65_HS1-834228961_62-HQ-83894_Serial_130
Agency: FBI
Page 108
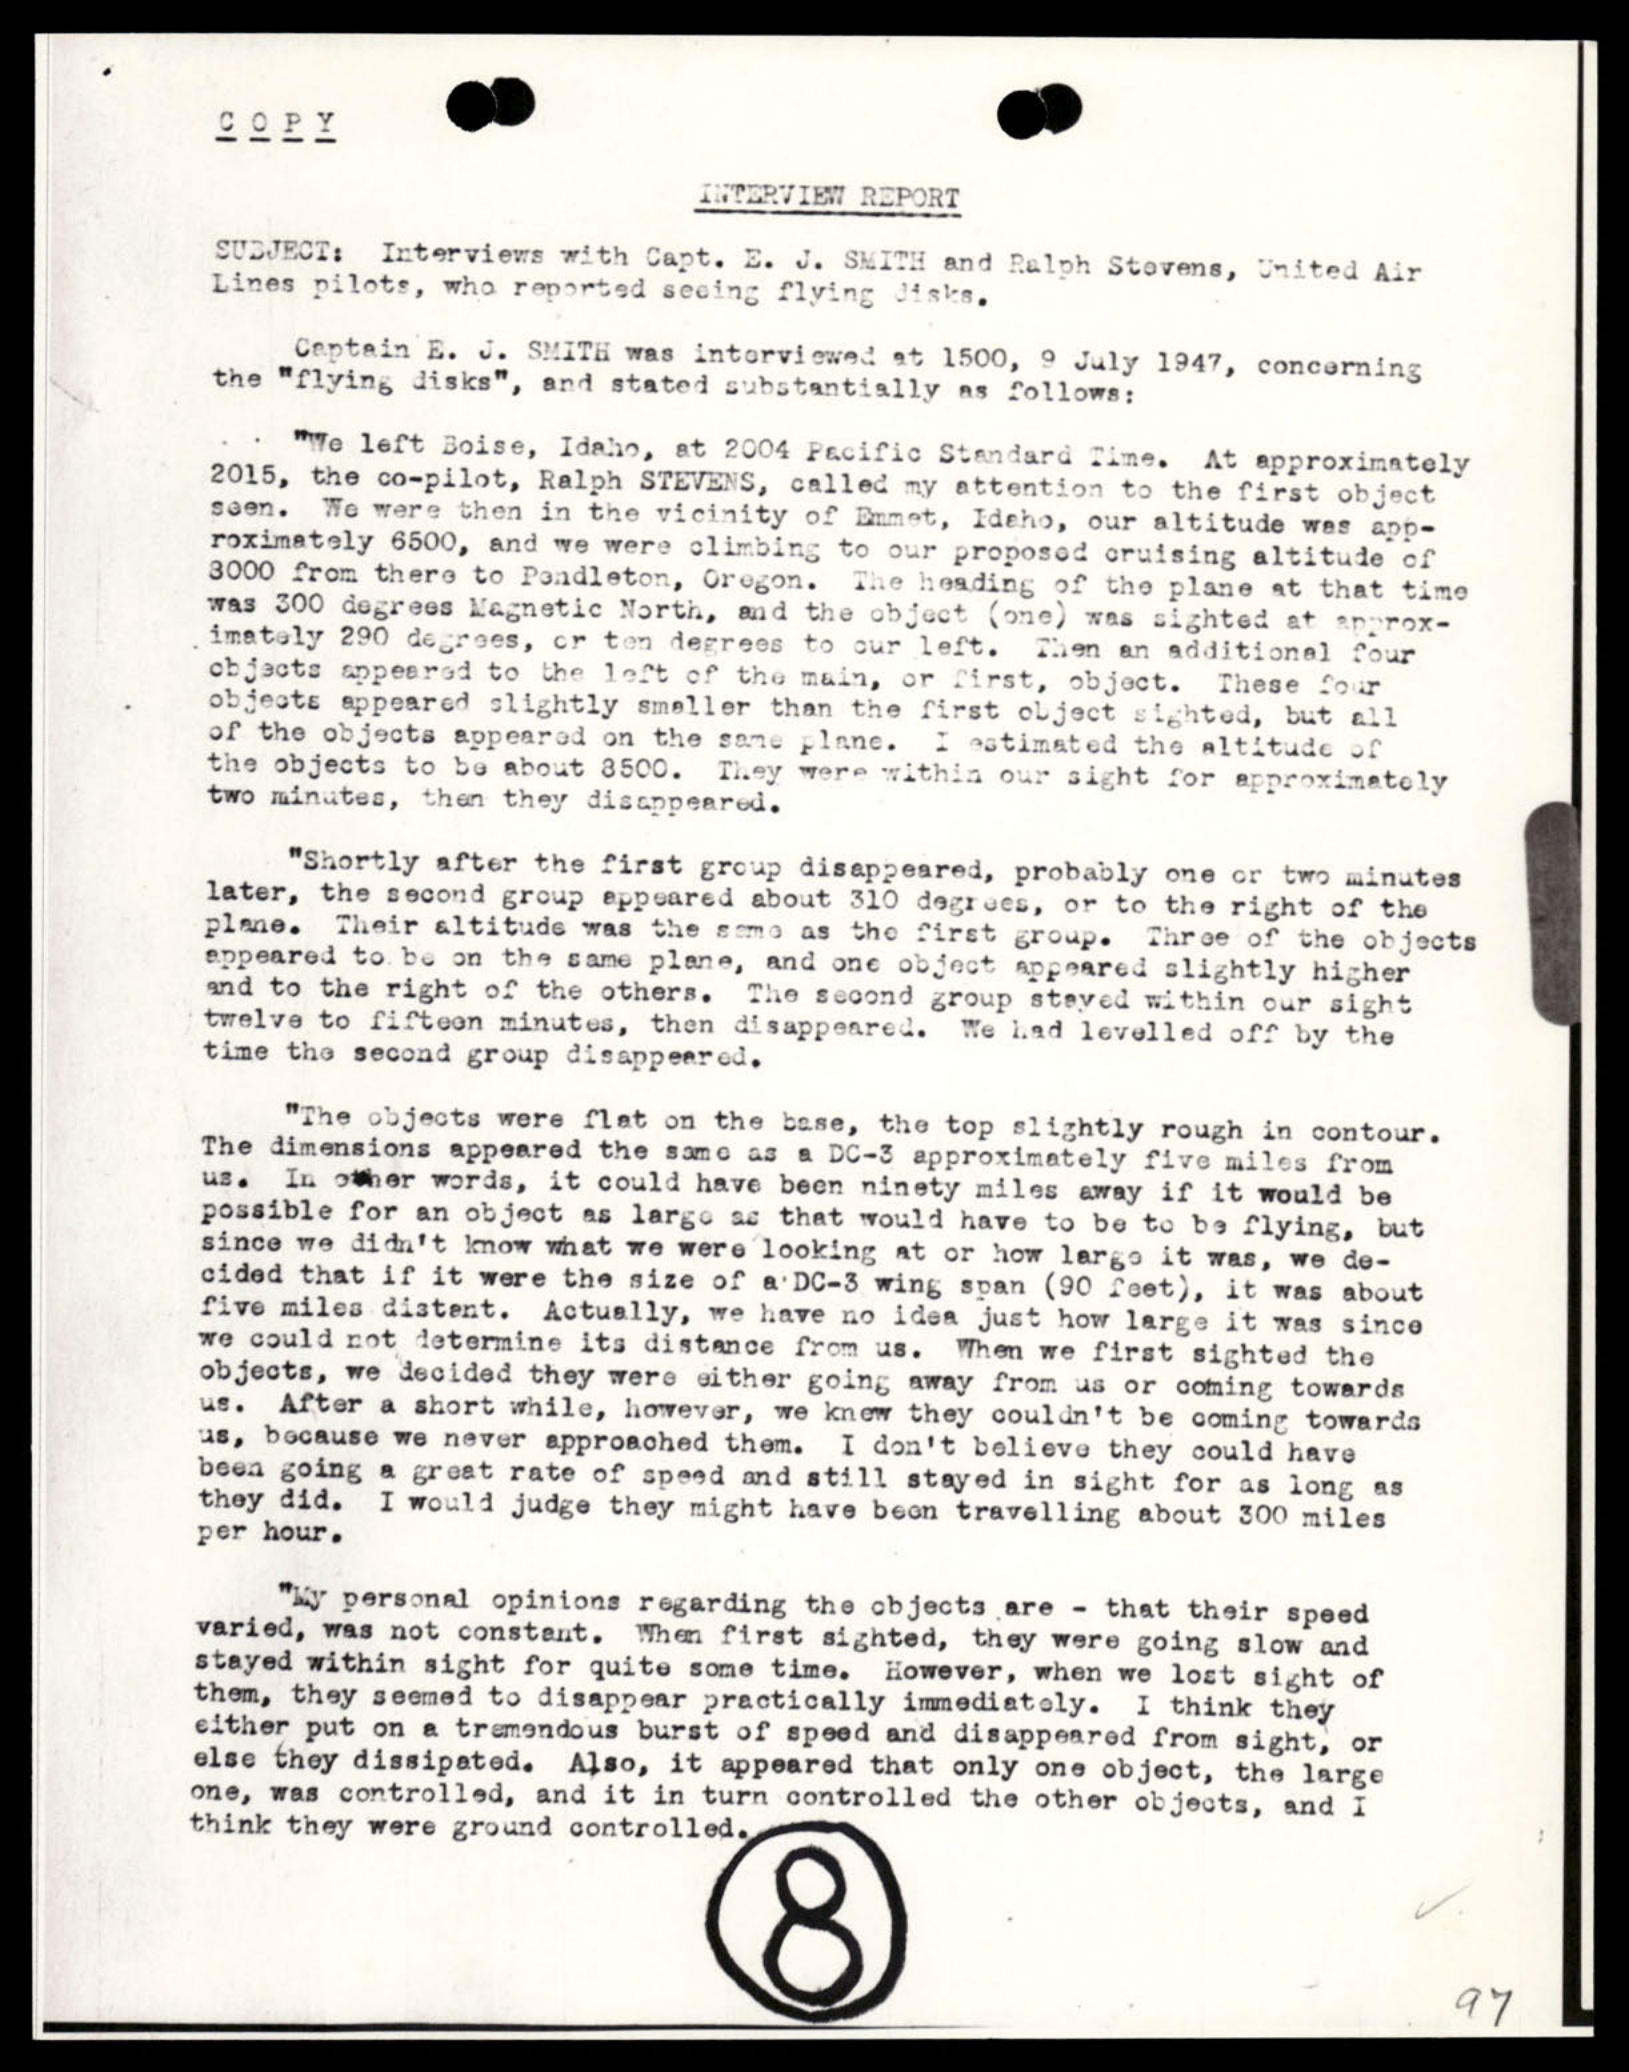